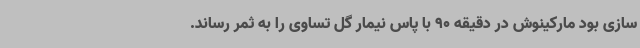
سازی بود مارکینوش در دقیقه 90 با پاس نیمار گل تساوی را به ثمر رساند.